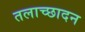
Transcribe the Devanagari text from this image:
तलाच्छादन